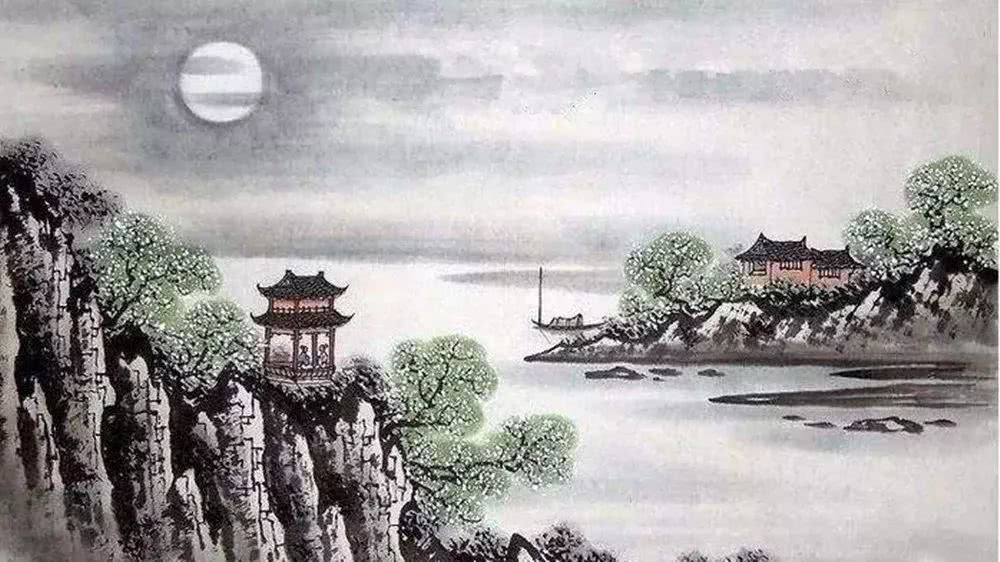
斜月沉沉藏海雾，碣石潇湘无限路。